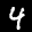
Label: 4